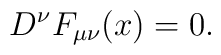
D^\nu F_{\mu\nu}(x) = 0.